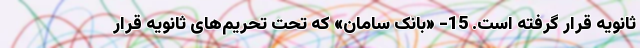
ثانویه قرار گرفته است. 15- «بانک سامان» که تحت تحریم‌های ثانویه قرار